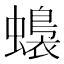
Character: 𧒬